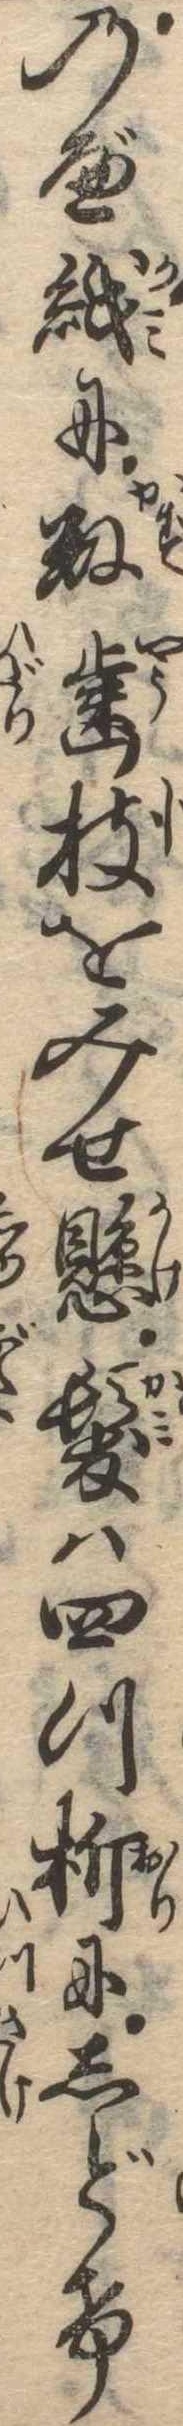
のべ紙に数歯枝をみせ懸髪は四つ折にしどけ